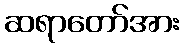
ဆရာတော်အား